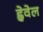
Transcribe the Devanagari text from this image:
ह्वेवेल